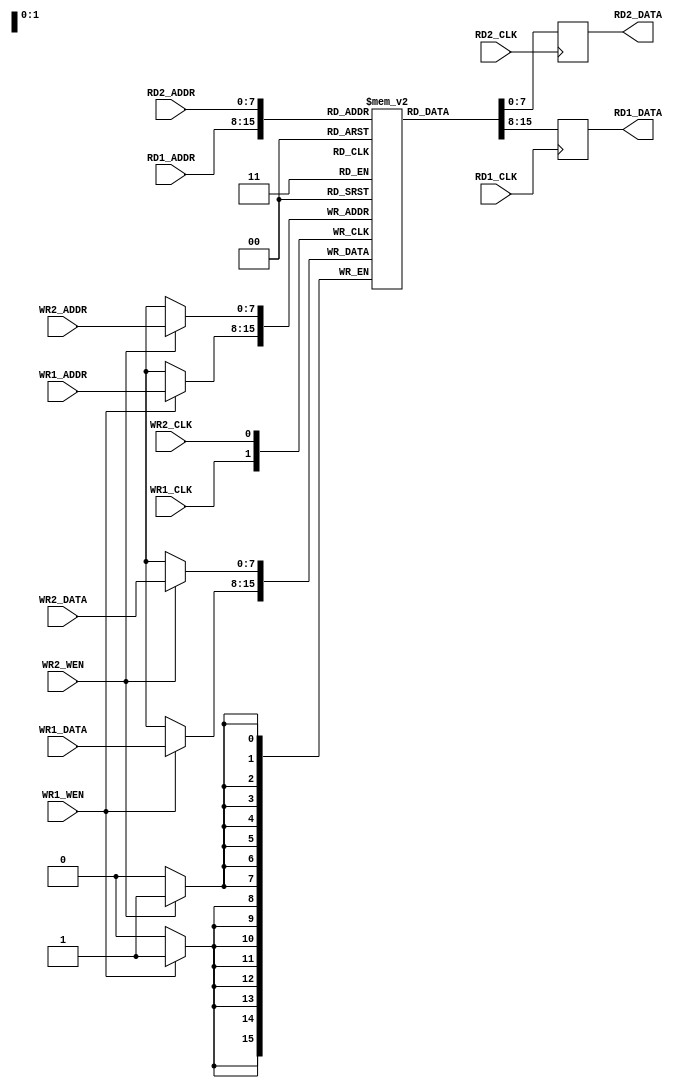
module test(
    input             WR1_CLK,  WR2_CLK,
    input             WR1_WEN,  WR2_WEN,
    input      [7:0]  WR1_ADDR, WR2_ADDR,
    input      [7:0]  WR1_DATA, WR2_DATA,
    input             RD1_CLK,  RD2_CLK,
    input      [7:0]  RD1_ADDR, RD2_ADDR,
    output reg [7:0]  RD1_DATA, RD2_DATA
);

reg [7:0] memory [0:255];

always @(posedge WR1_CLK)
    if (WR1_WEN)
        memory[WR1_ADDR] <= WR1_DATA;

always @(posedge WR2_CLK)
    if (WR2_WEN)
        memory[WR2_ADDR] <= WR2_DATA;

always @(posedge RD1_CLK)
    RD1_DATA <= memory[RD1_ADDR];

always @(posedge RD2_CLK)
    RD2_DATA <= memory[RD2_ADDR];

endmodule